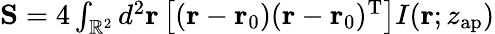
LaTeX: \begin{array}{r}{\mathbf{S}=4\int_{\mathbb{R}^{2}}d^{2}\mathbf{r}\left[(\mathbf{r}-\mathbf{r}_{0})(\mathbf{r}-\mathbf{r}_{0})^{\mathrm{T}}\right]I(\mathbf{r};z_{\mathrm{ap}})}\end{array}